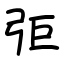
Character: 弡